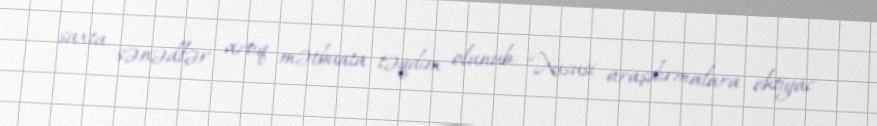
saxta sənədlər artıq mətbuata təqdim olunub: “Xüsusi araşdırmalara ehtiyac